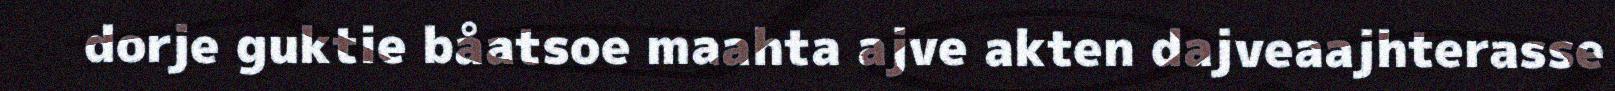
dorje guktie båatsoe maahta ajve akten dajveaajhterasse